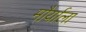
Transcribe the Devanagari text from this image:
मौर्याला